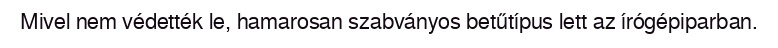
Mivel nem védették le, hamarosan szabványos betűtípus lett az írógépiparban.